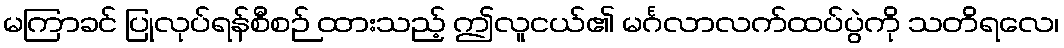
မကြာခင် ပြုလုပ်ရန်စီစဉ် ထားသည့် ဤလူငယ်၏ မင်္ဂလာလက်ထပ်ပွဲကို သတိရလေ၊